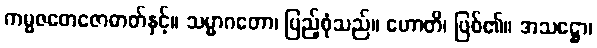
ကမ္မဇတေဇောဓာတ်နှင့်။ သမ္မာဂတော၊ ပြည့်စုံသည်။ ဟောတိ၊ ဖြစ်၏။ အသဋ္ဌော၊